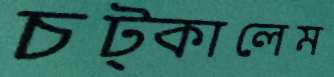
চট্‌কালেম